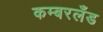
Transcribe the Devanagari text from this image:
कम्बरलँड